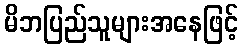
မိဘပြည်သူများအနေဖြင့်